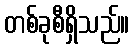
တစ်ခုစီရှိသည်။